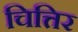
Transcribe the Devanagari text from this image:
चित्तिर